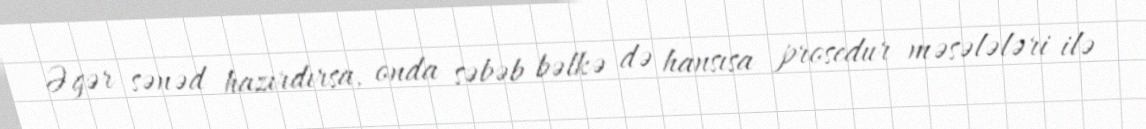
Əgər sənəd hazırdırsa, onda səbəb bəlkə də hansısa prosedur məsələləri ilə